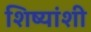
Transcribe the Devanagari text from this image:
शिष्यांशी